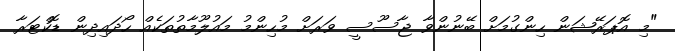
"މި އޮޕަރޭޝަން ހިންގުމަށް ބޭނުންވާ ޖާސޫސީ ވަރަށް މުހިންމު މައުލޫމާތުތަކެއް ހޯދައިދިން ޑޮކްޓަރާ